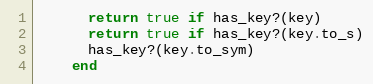
Language: Ruby
      return true if has_key?(key)
      return true if has_key?(key.to_s)
      has_key?(key.to_sym)
    end